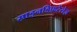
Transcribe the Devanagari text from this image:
साइनडिफ़रेंसेज़